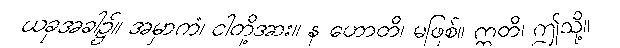
ယခုအခါ၌။ အမှာကံ၊ ငါတို့အား။ န ဟောတိ၊ မဖြစ်။ ဣတိ၊ ဤသို့။